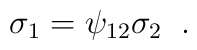
\sigma_1=\psi_{12}\sigma_2\;\;.